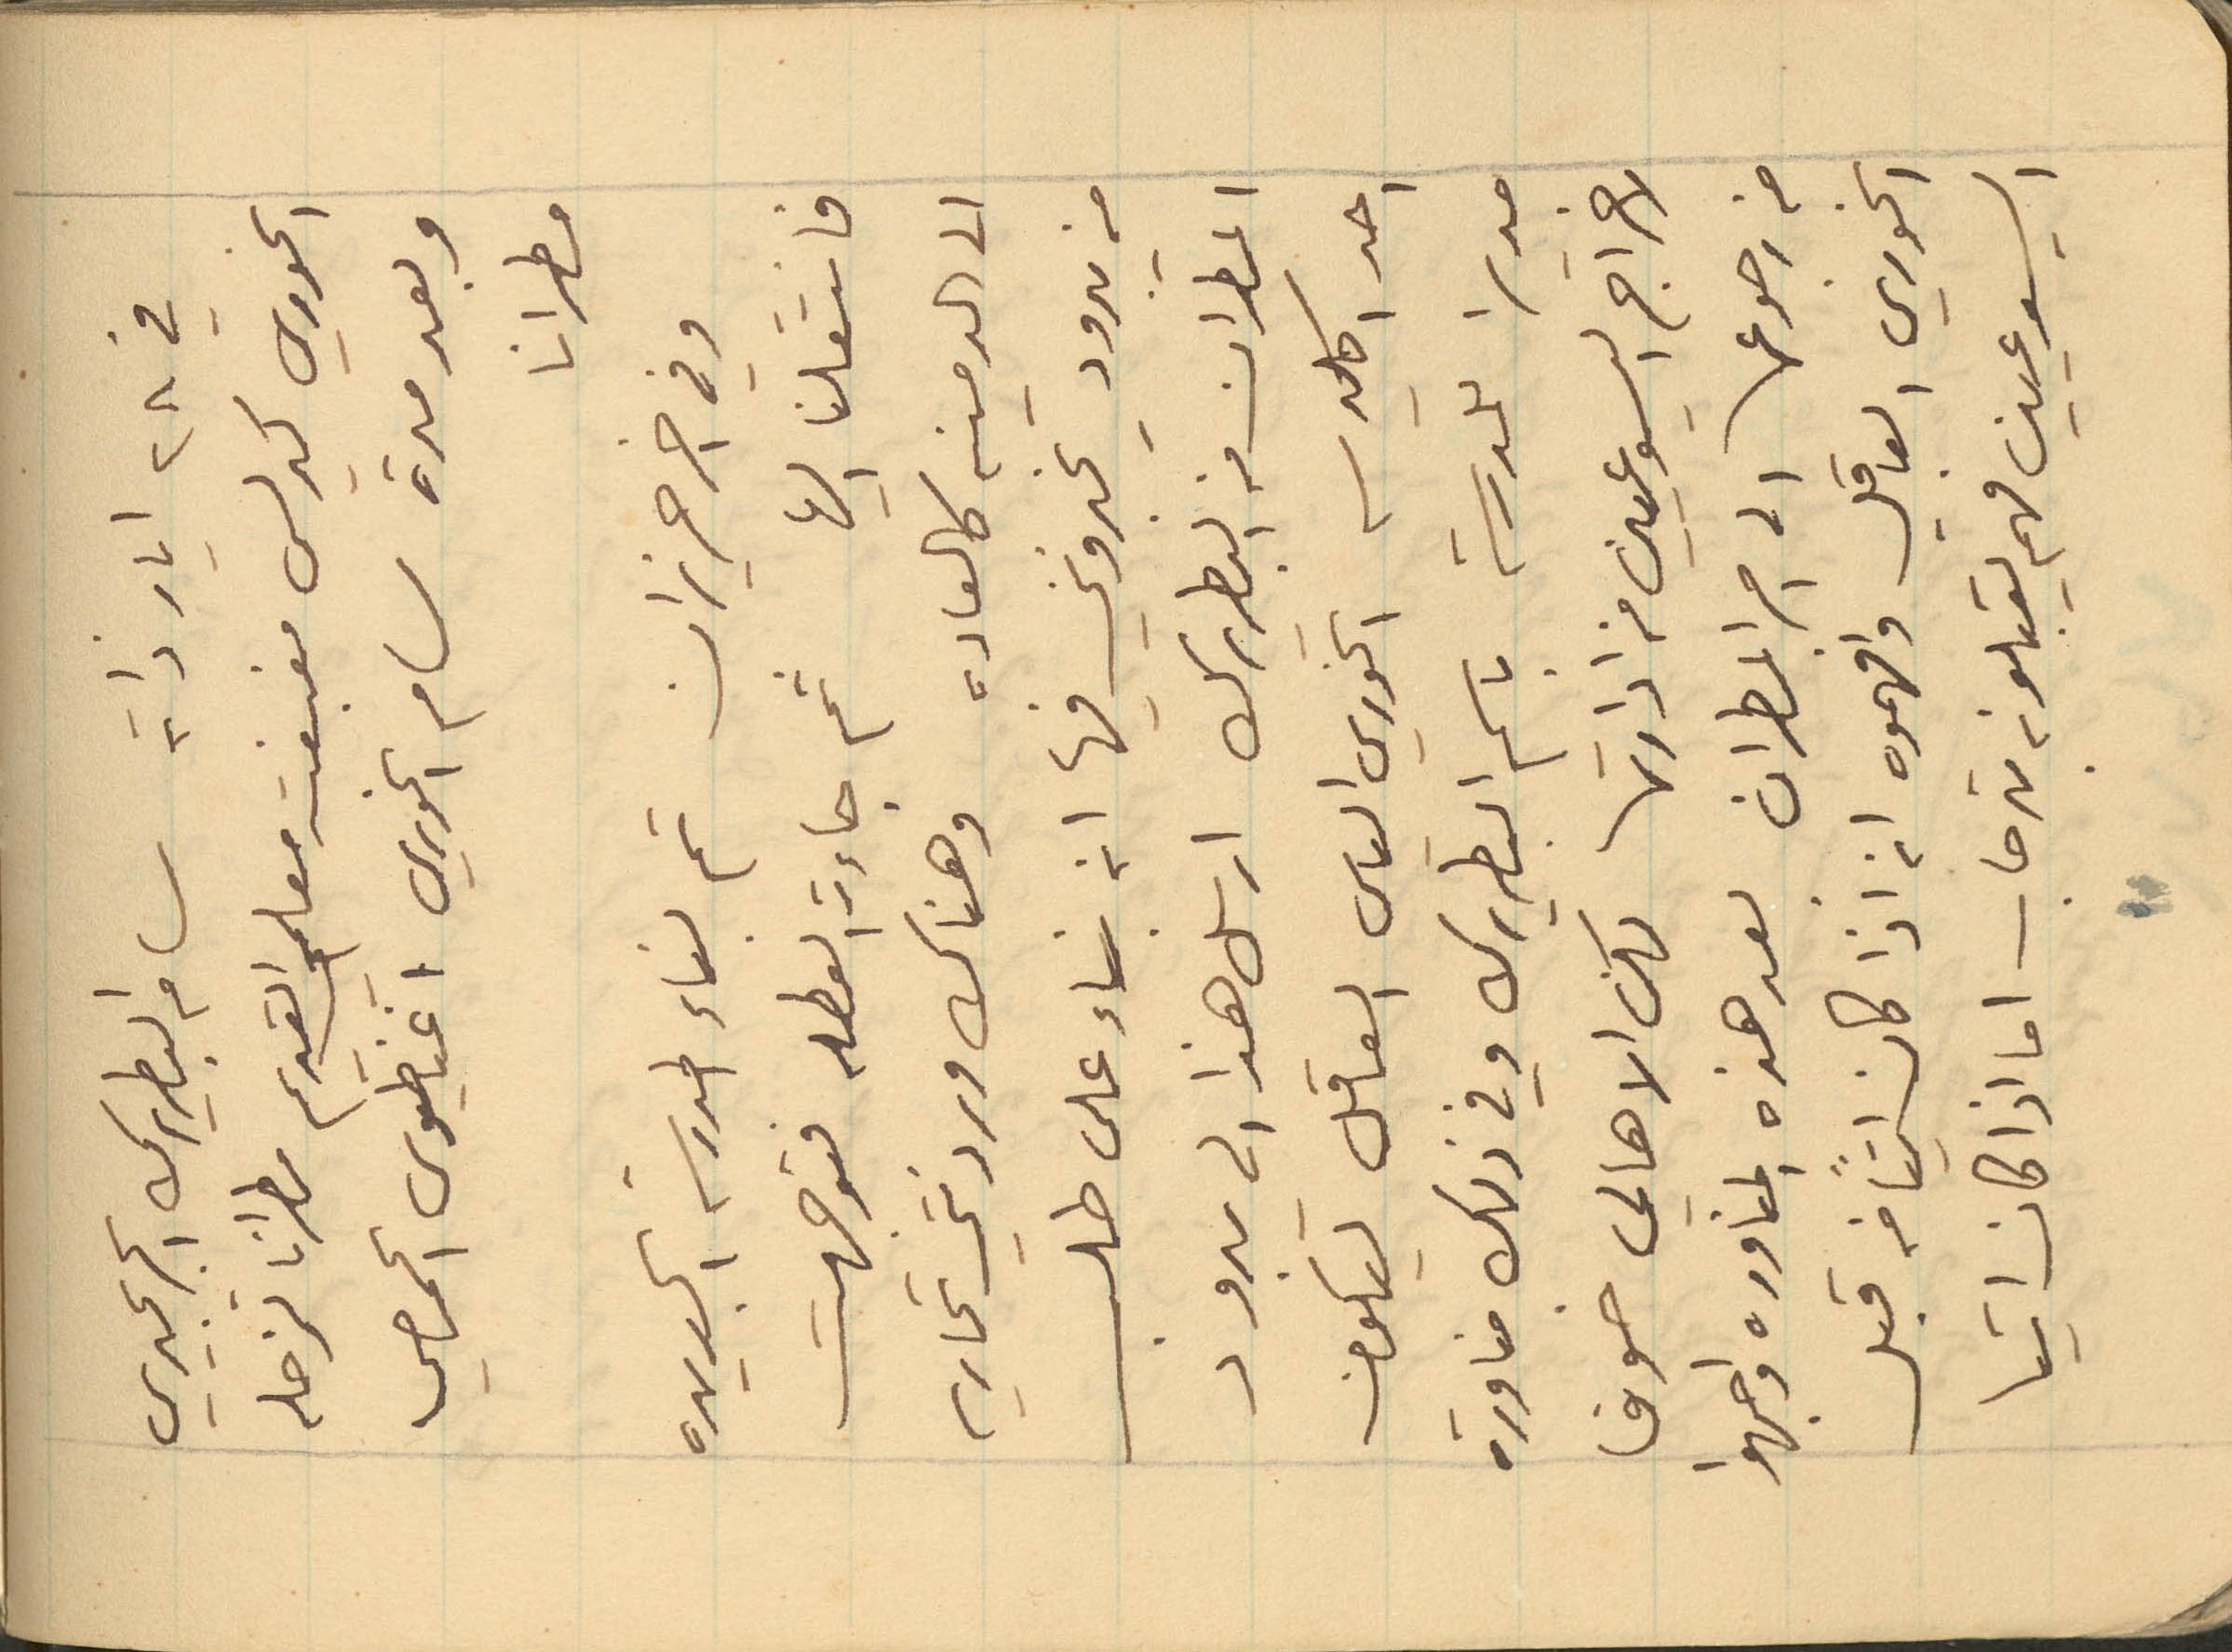
في ٢٨ أيار ذاته سام البطريرك %%
الخوري كيرلس مغبغب معلمي القديم مطرانًا لزحله
وبعد مدة سام الخوري اغناطيوس الحمصي
مطرانًا
وفي ١ حزيران تم بناء المدرسة الجديدة
فانتقلنا اليها. ثم جاءت العطلة فتوجهت
الى المدينة كالعادة. وهناك وردتني تحارير
من يبرود يخبرونني فيها انه بناء على طلب
المطران من البطريرك ارسل هذا لي له بدون
احد اكليرس الخوري الياس العاقل ليكون
مديرًا للمدرسة باسم البطريرك وفي ذلك مناورة
لاخراج اليسوعيين من ادارتها لكن الأهالي خوفًا
من رجوعها الى امر المطران بعد هذه المناورة واجهوا
الخوري العاقل وافهموه انه اذا كان إيقاف قبل
اليسوعيين فهم يقبلونه بترحاب اما اذا كان اتيا